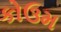
કોઉમ